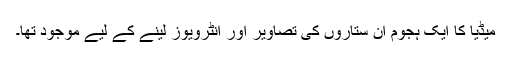
میڈیا کا ایک ہجوم ان ستاروں کی تصاویر اور انٹرویوز لینے کے لیے موجود تھا۔